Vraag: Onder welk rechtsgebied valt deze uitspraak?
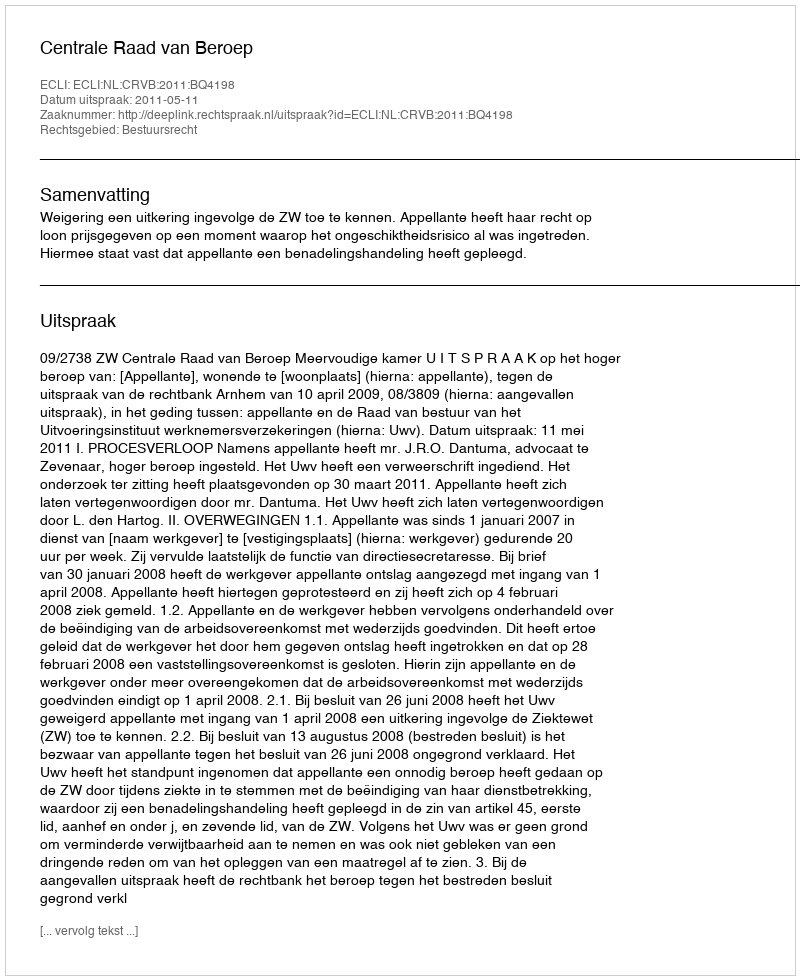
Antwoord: Bestuursrecht